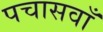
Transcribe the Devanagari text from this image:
पचासवाँ